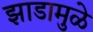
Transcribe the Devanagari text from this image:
झाडामुळे